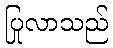
ပြုလာသည်